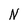
Character: N